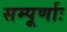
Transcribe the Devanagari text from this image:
सम्पूर्णाः